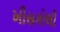
ખીસકોલી